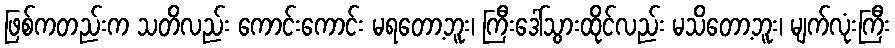
ဖြစ်ကတည်းက သတိလည်း ကောင်းကောင်း မရတော့ဘူး၊ ကြီးဒေါ်သွားထိုင်လည်း မသိတော့ဘူး၊ မျက်လုံးကြီး